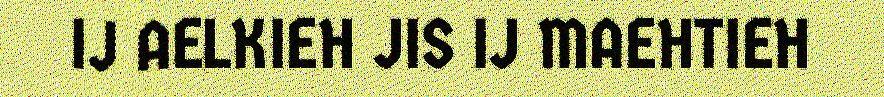
IJ AELKIEH JIS IJ MAEHTIEH